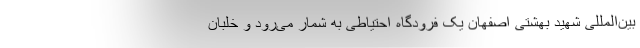
بین‌المللی شهید بهشتی اصفهان یک فرودگاه احتیاطی به شمار می‌رود و خلبان